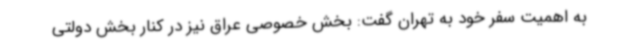
به اهمیت سفر خود به تهران گفت: بخش خصوصی عراق نیز در کنار بخش دولتی